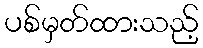
ပစ်မှတ်ထားသည့်